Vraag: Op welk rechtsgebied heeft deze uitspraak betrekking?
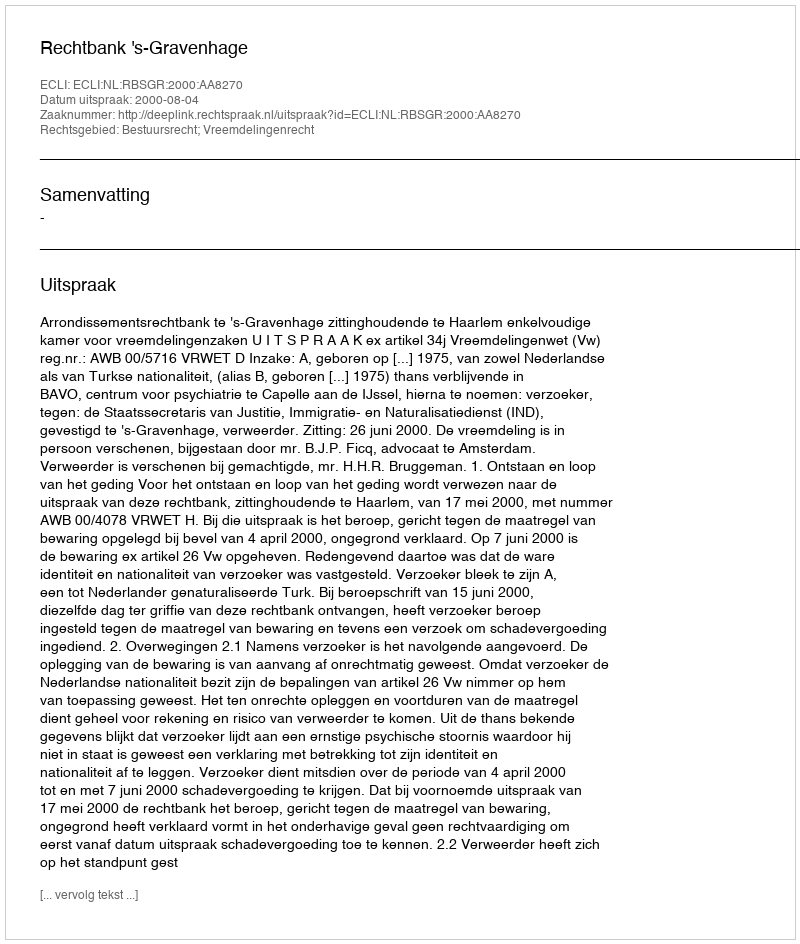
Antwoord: Bestuursrecht; Vreemdelingenrecht